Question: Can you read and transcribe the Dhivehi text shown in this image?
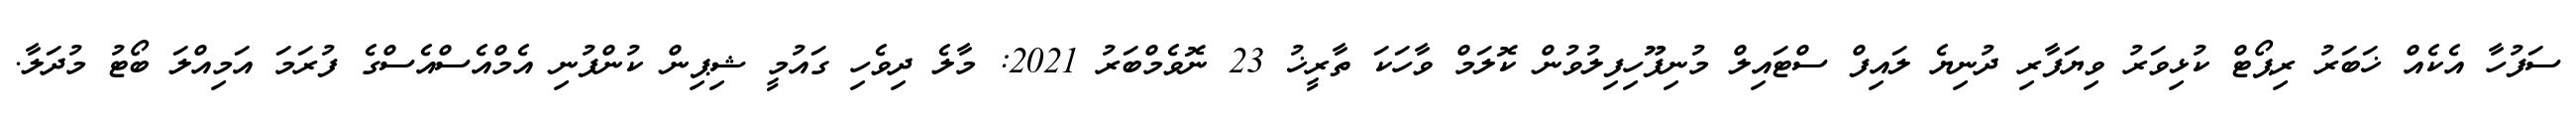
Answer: ސަފުހާ އެކެއް ޚަބަރު ރިޕޯޓް ކުޅިވަރު ވިޔަފާރި ދުނިޔެ ލައިފް ސްޓައިލް މުނިފޫހިފިލުވުން ކޮލަމް ވާހަކަ ތާރީޚު 23 ނޮވެމްބަރު 2021: މާލެ ދިވެހި ގައުމީ ޝިޕިން ކުންފުނި އެމްއެސްއެސްގެ ފުރަމަ އަމިއްލަ ބޯޓު މުދަލާ.